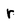
Character: r